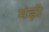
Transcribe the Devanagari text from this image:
मंड़ी